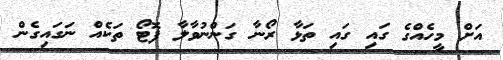
އަށް މީހެއްގެ ގައި ގައި ތަޅާ ރޯނާ ގަންނުވާލާ ފޮޓޯ ތަކެއް ނަގައިގެން